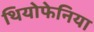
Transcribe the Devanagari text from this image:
थियोफेनिया